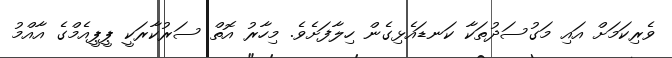
ވެރިކަމަށް އައި މަގުސަދުތަކާ ކަނޑައެޅިގެން ހިލާފަށެވެ. މިހާރު އޮތް ސަރުކާރަކީ ޕީޕީއެމްގެ އާއްމު